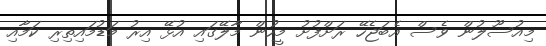
މިއުސޫލުން ވެސް އެބަޖެހޭ ރަށްފުށު މީހުން މާލޭގައި އުޅޭ އިރު މަޑުމައިތިރި ކަމާއި